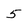
Character: 5